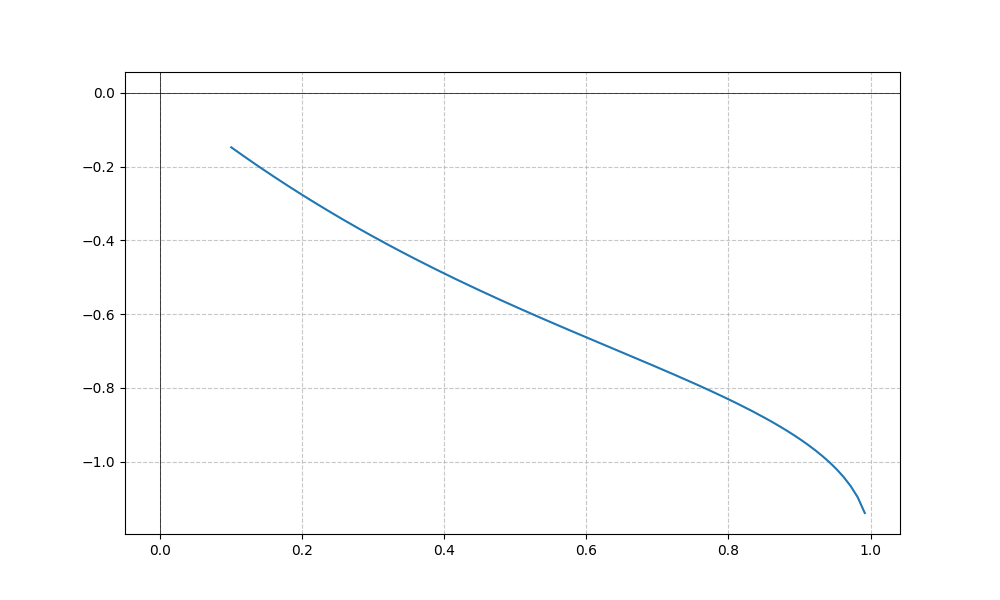
LaTeX formula: - \operatorname{acot}{\left(x \right)} \operatorname{asin}{\left(x \right)}